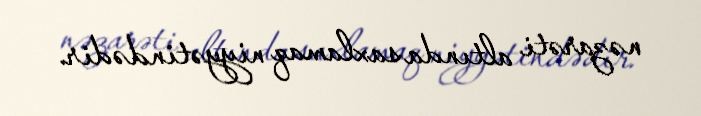
nəzarəti altında saxlamaq niyyətindədir.